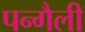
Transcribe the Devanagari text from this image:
पन्गैली